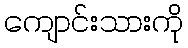
ကျောင်းသားကို